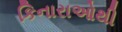
કિનારાઓથી